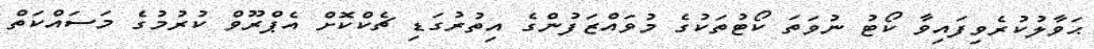
ޙަވާލުކުރެވިފައިވާ ކޯޓު ނުވަތަ ކޯޓުތަކުގެ މުވައްޒަފުންގެ އިތުރުގަޑި ޗެކްކޮށް އެޕްރޫވް ކުރުމުގެ މަސައްކަތް